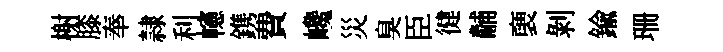
榭膝奉隷利幰鎸費巉災臭臣徤黼褏剝鍮珊